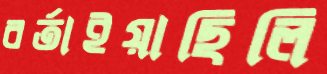
বর্তাইয়াছিলি